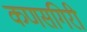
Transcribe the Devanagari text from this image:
कणसगिरी